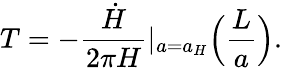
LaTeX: T=-{\frac{\dot{H}}{2\pi H}}|_{a=a_{H}}\Big({\frac{L}{a}}\Big).